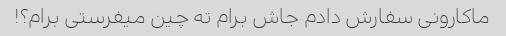
ماکارونی سفارش دادم جاش برام ته چین میفرستی برام؟!